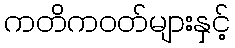
ကတိကဝတ်များနှင့်